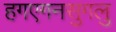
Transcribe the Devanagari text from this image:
हगएगनसुगलु